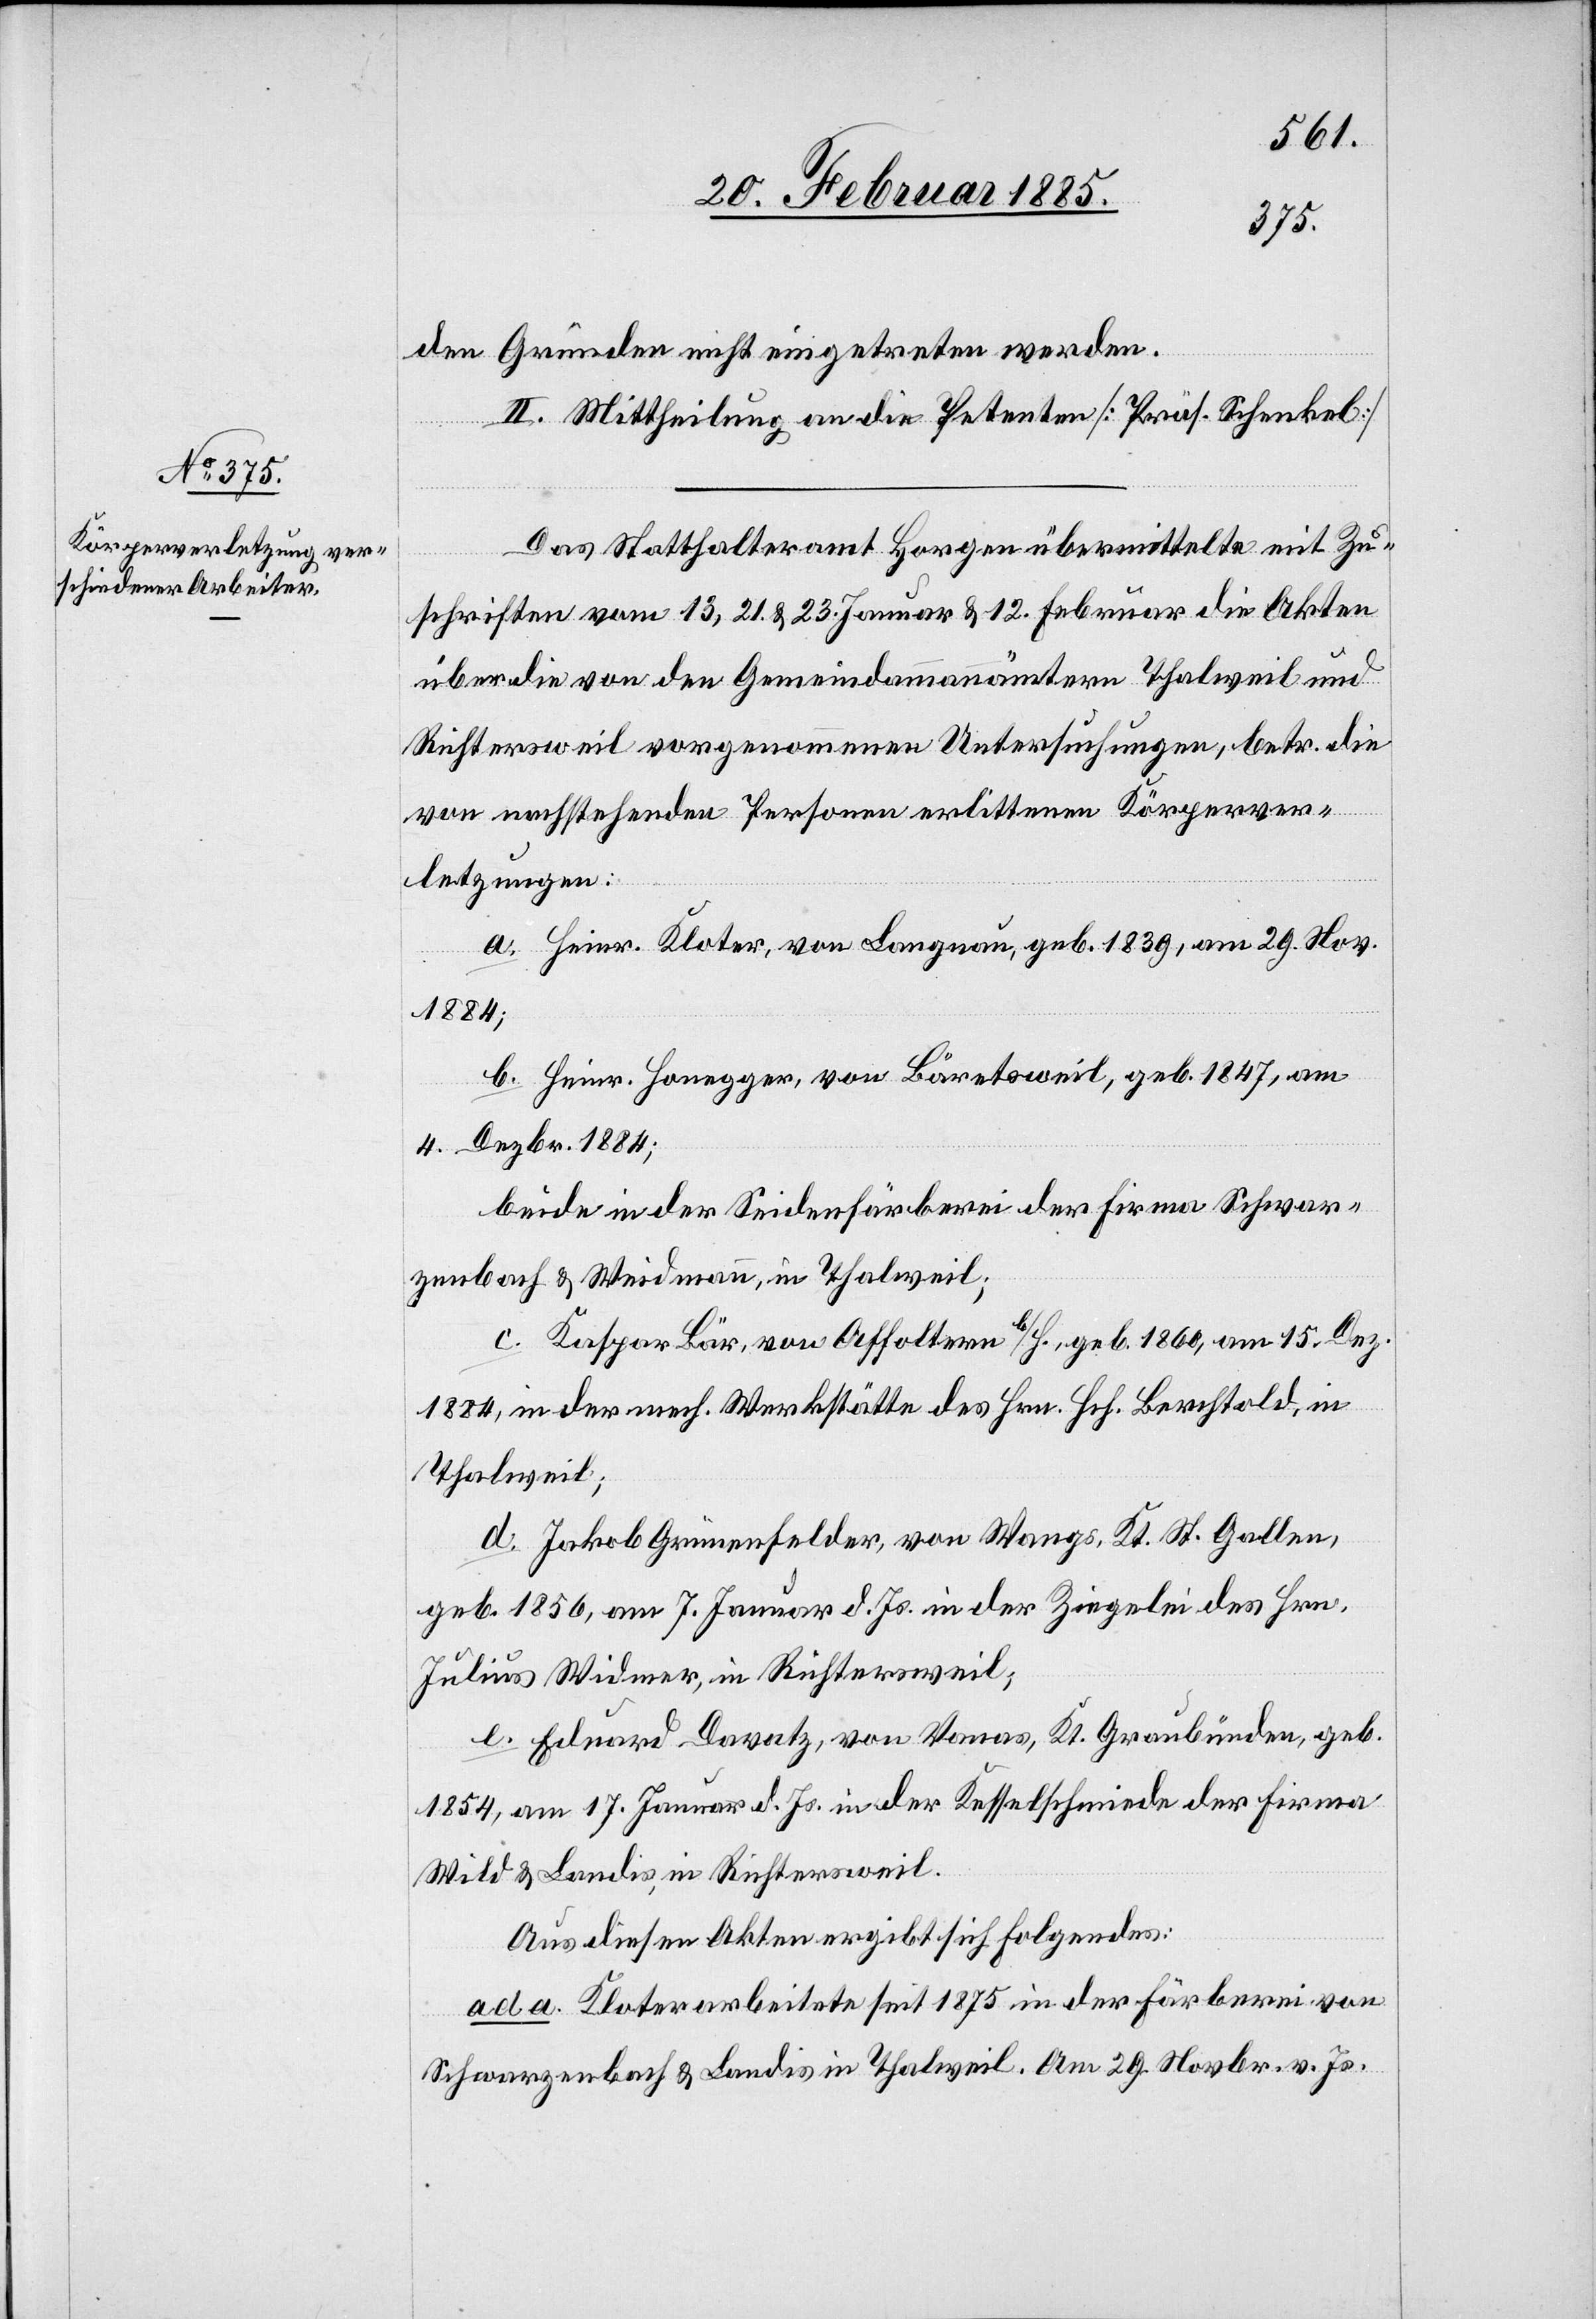
den Gründen nicht eingetreten werden.
II. Mittheilung an die Petenten [Präs. Schenkel].
Das Statthalteramt Horgen übermittelte mit Zu¬
schriften vom 13, 21. & 23. Januar & 12. Februar die Akten
über die von den Gemeindammannämtern Thalweil und
Richtersweil vorgenommenen Untersuchungen, betr. die
von nachstehenden Personen erlittenen Körperver¬
letzungen:
a. Heinr. Kloter, von Langnau, geb. 1839, am 29. Nov.
1884;
b. Heinr. Honegger, von Bäretsweil, geb. 1847, am
4. Dezbr. 1884;
beide in der Seidenfärberei der Firma Schwar¬
zenbach & Weidmann, in Thalweil;
c. Kaspar Bär, von Affoltern b/H., geb. 1860, am 15. Dez.
1884, in der mech. Werkstätte des Hrn. Berchtold, in
Thalweil;
d. Jakob Grünenfelder, von Wangs, Kt. St. Gallen,
geb. 1856, am 7. Januar d. Js. in der Ziegelei des Hrn.
Julius Widmer, in Richtersweil;
e. Eduard Davatz, von Vanas [Fanas], Kt. Graubünden, geb.
1854, am 17. Januar d. Js. in der Kesselschmide der Firma
Wild & Landis, in Richtersweil.
Aus diesen Akten ergibt sich folgendes:
ad a. Kloter arbeitete seit 1875 in der Färberei von
Schwarzenbach & Landis [sic!] in Thalweil. Am 29. Novbr. v. Js.